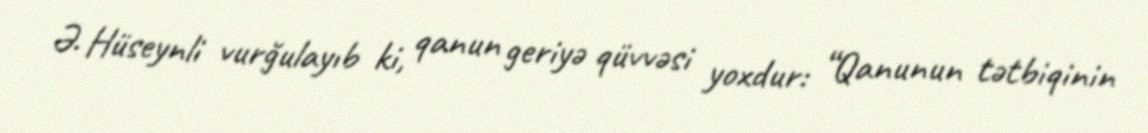
Ə. Hüseynli vurğulayıb ki, qanun geriyə qüvvəsi yoxdur: “Qanunun tətbiqinin